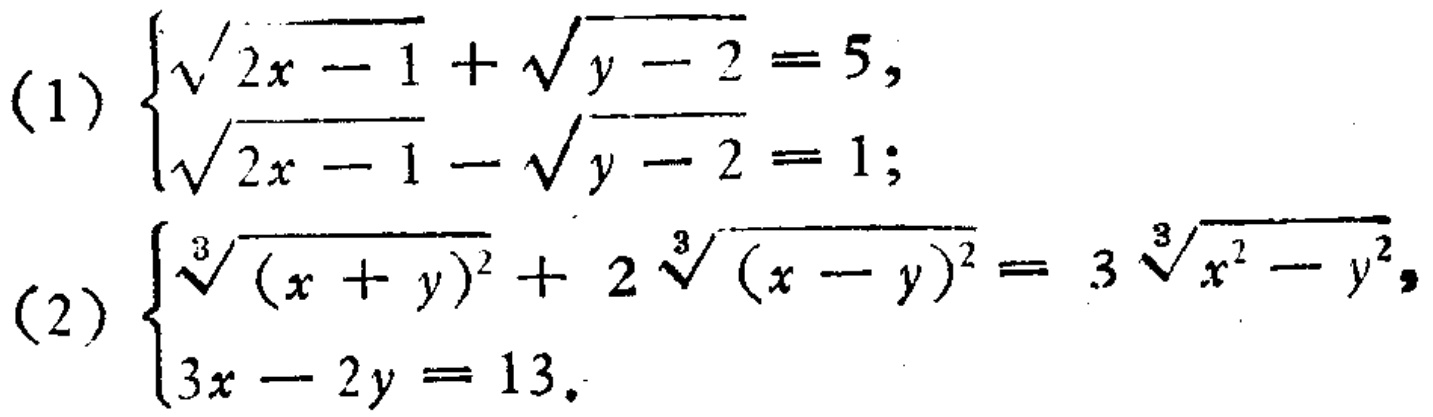
(1) $\begin{cases}
\sqrt{2x - 1}+\sqrt{y - 2}=5,\\
\sqrt{2x - 1}-\sqrt{y - 2}=1;
\end{cases}$
(2) $\begin{cases}
\sqrt[3]{(x + y)^2}+2\sqrt[3]{(x - y)^2}=3\sqrt[3]{x^{2}-y^{2}},\\
3x - 2y = 13.
\end{cases}$